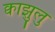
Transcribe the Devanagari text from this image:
क्वाझुलु